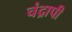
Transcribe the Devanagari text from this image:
चंद्रापी